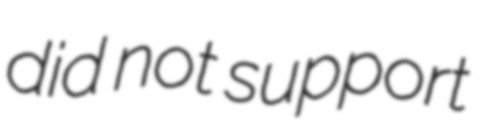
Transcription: did not support